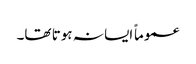
عموماً ایسا نہ ہوتا تھا۔